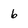
Character: 6